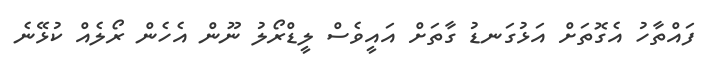
ފައްތާހު އެގޮތަށް އަޅުގަނޑު ގާތަށް އައީވެސް ލީޑްރޯލު ނޫން އެހެން ރޯލެއް ކުޅޭނެ